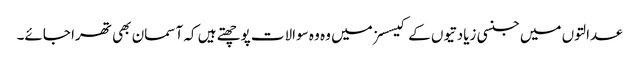
عدالتوں میں جنسی زیادتیوں کے کیسسز میں وہ وہ سوالات پوچھتے ہیں کہ آسمان بھی تھرا جائے۔